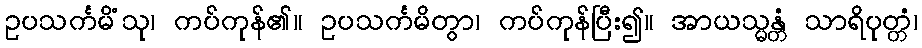
ဥပသင်္ကမိံသု၊ ကပ်ကုန်၏။ ဥပသင်္ကမိတွာ၊ ကပ်ကုန်ပြီး၍။ အာယသ္မန္တံ သာရိပုတ္တံ၊